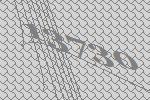
13730